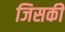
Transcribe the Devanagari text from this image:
जिसकीे